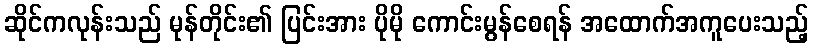
ဆိုင်ကလုန်းသည် မုန်တိုင်း၏ ပြင်းအား ပိုမို ကောင်းမွန်စေရန် အထောက်အကူပေးသည့်